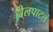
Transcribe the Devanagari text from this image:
ह्येलपाटलं